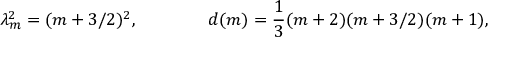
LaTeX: \lambda _ { m } ^ { 2 } = ( m + 3 / 2 ) ^ { 2 } , \qquad \qquad d ( m ) = \frac { 1 } { 3 } ( m + 2 ) ( m + 3 / 2 ) ( m + 1 ) ,